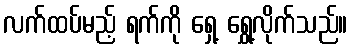
လက်ထပ်မည့် ရက်ကို ရှေ့ ရွှေ့လိုက်သည်။